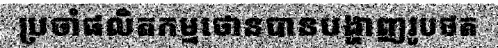
ប្រចាំផលិតកម្មថោនបានបង្ហាញរូបថត